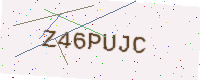
Text: Z46PUJC